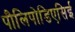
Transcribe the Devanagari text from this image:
पौलिपोडिएसिई